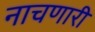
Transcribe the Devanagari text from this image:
नाचणारी